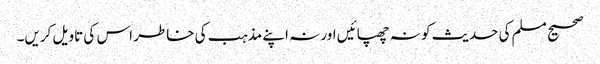
صحیح مسلم کی حدیث کو نہ چھپائیں اور نہ اپنے مذہب کی خاطر اس کی تاویل کریں۔